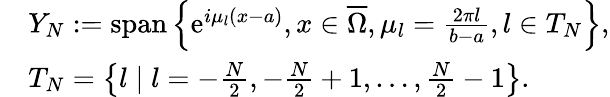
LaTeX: \begin{array}{rl}&{Y_{N}:=\textrm{span}\left\{ \textrm{e}^{i\mu_{l}(x-a)},x\in\overline{{\Omega}},\mu_{l}=\frac{2\pi l}{b-a},l\in{T}_{N}\right\} ,}\\ &{{T}_{N}=\left\{ l\mid l=-\frac{N}{2},-\frac{N}{2}+1,\ldots,\frac{N}{2}-1\right\} .}\end{array}